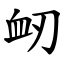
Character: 衂